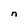
Character: n